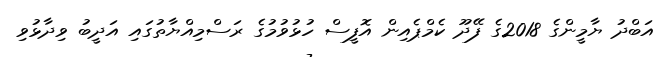
އަބްދު ޔާމީންގެ 2018ގެ ފޭދޫ ކެމްޕެއިން އޮފީސް ހުޅުވުމުގެ ރަސްމިއްޔާތުގައި އަދީބު ވިދާޅުވި